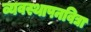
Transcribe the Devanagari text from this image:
व्यवस्थापनविद्या